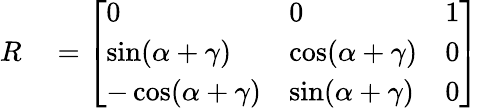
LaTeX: \begin{array}{rl}{R}&{{}={\left[\begin{array}{lll}{0}&{0}&{1}\\ {\sin(\alpha+\gamma)}&{\cos(\alpha+\gamma)}&{0}\\ {-\cos(\alpha+\gamma)}&{\sin(\alpha+\gamma)}&{0}\end{array}\right]}}\end{array}